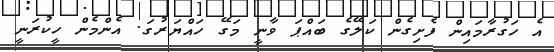
އެ ހަގުރާމައިން ފެށިގެން ކަލޭގެ ބައްޕަ ވާނީ މަގޭ ހައްޔަރުގަ. އެންމެން ހީކުރަނީ